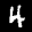
Digit: 4